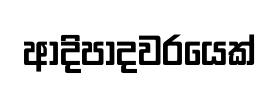
ආදිපාදවරයෙක්